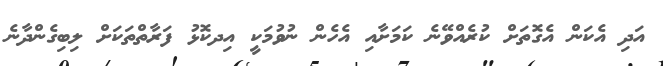
އަދި އެކަން އެގޮތަށް ކުރެއްވޭނެ ކަމަށާއި އެހެން ނުވުމަކީ އިިދކޮޅު ފަރާތްތަކަށް ލިބިގެންދާނެ